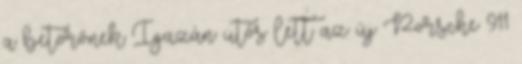
a betörőnek Igazán ütős lett az új Porsche 911